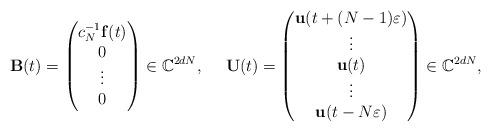
LaTeX: \begin{align*}\mathbf{B}(t)=\begin{pmatrix}c_N^{-1}\mathbf{f}(t)\\0\\\vdots\\0\end{pmatrix}\in\mathbb{C}^{2dN},~~~~\mathbf{U}(t)=\begin{pmatrix}\mathbf{u}(t+(N-1)\varepsilon)\\\vdots\\\mathbf{u}(t)\\\vdots\\\mathbf{u}(t-N\varepsilon)\end{pmatrix}\in\mathbb{C}^{2dN},\end{align*}